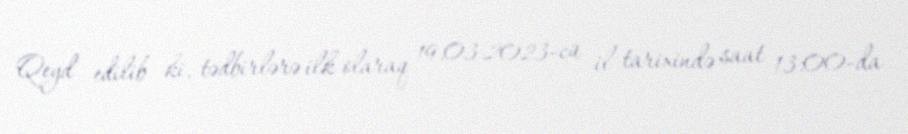
Qeyd edilib ki, tədbirlərə ilk olaraq 19.03.2023-cü il tarixində saat 13:00-da